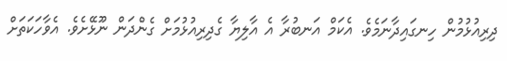
ދިރިއުޅުމުން ހިނގައިދާނަމެވެ. އެކަމް އަނބުރާ އެ އާލިޔާ ގެދިރިއުޅުމަށް ގެންދަން ނޫޅޭށެވެ. އެވާހަކަތަށް